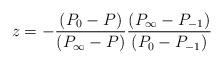
LaTeX: \begin{align*}z=-\frac{(P_0 - P)}{(P_\infty - P)} \frac{(P_\infty - P_{-1})}{(P_0 - P_{-1})}\end{align*}